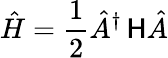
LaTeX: \hat{H}=\frac{1}{2}\hat{A}^{\dagger}\, {\sf H}\hat{A}